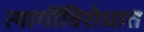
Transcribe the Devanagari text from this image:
त्यागींविरोधात